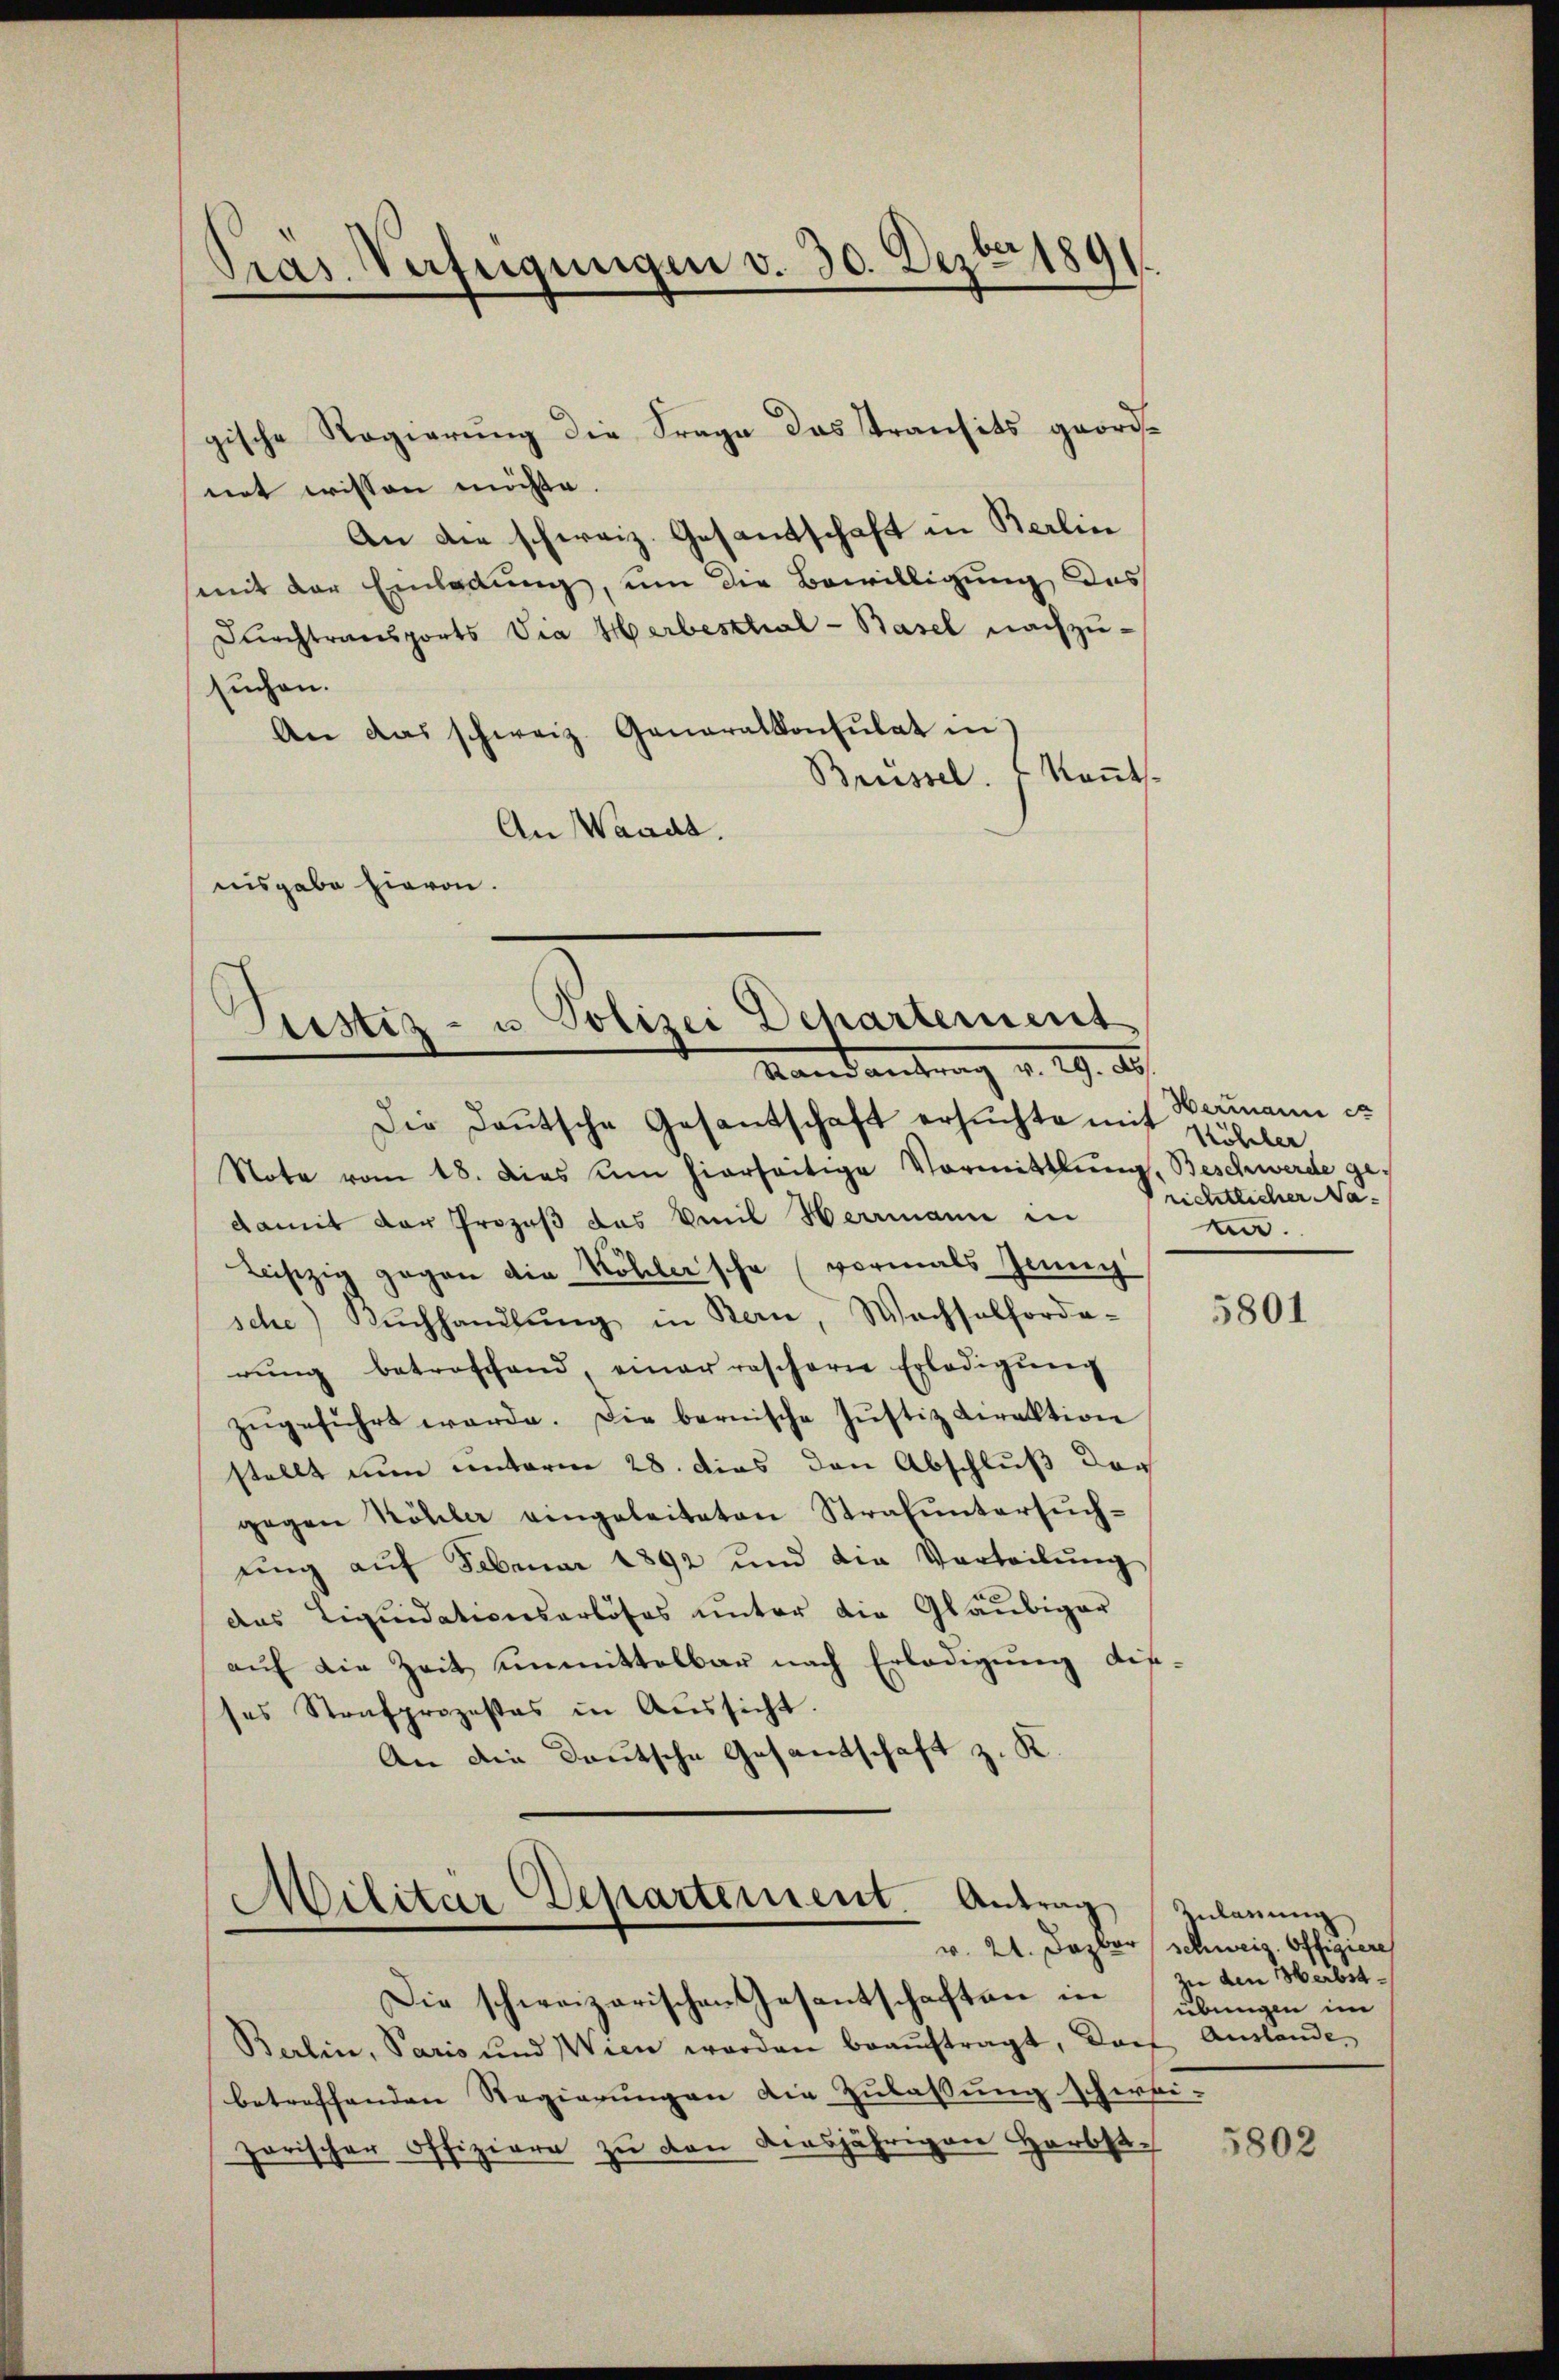
Pras Verfügungen v. 30. Dezbr 1891.

gische Regierung die Frage das Transits geordnet wissen möchte.
An die schweiz. Gesantschaft in Berlin
mit der Einladung, um die Bewilligung des
Durchtransports Via Herbesthal - Basel nachzu-
suchen.
An das schweiz. Generalkonsulat in
Kant
Brüssel.
An Waadt.
nisgabe hievon.

Justiz- u Polizei Dehartement
Mandantung v. 29. A

Militar Departement. Antrag
Die schweizerischen Gesentschaften in übungen im

Hermann es
richtlicher Nama.

Die Daŭtsche Gesantschaft ersŭchte mit Köhler.
Note vom 18. Dies um hierseitige Vormittlung, Beschwerde gedamit der Prozeß das Weil Herrmann in
leiszig gegen die Höhlersche (vormals Jenny
sche) Kŭchhandlŭng in Bern, Wachselforde-
rŭng betroffend, einer raschern Erledigŭng
zŭgeführt werde. Die bernische Jŭstiz Direktion
stellt nun unterm 28. dies den Abschluß der
gegen Köhler eingeleiteten Strafuntersuch-
ung auf Februar 1892 und die Vorteilung
das Liquidationsarböses unter die Gläubiger
aŭf die Zeit unmittelbar nach Erledigŭng dis-
ses Strafprozesses in Aŭssicht.
An die Deutsche Gesandtschaft z. K

Berlin, Paris und Wien worden beaŭftragt, Dorf Auslande
betreffenden Regierungen die Zulassung schirbi-
zorischer Offiziere zu von diesjährigen Herbst

5801

Zulassung
v. 21. Dezbor schweiz. Offigiere
zu den Herbst¬

5802